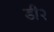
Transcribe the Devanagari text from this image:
डी२